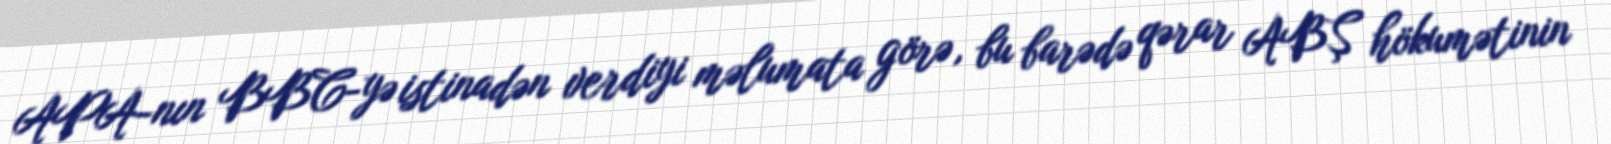
APA-nın BBC-yə istinadən verdiyi məlumata görə, bu barədə qərar ABŞ hökumətinin